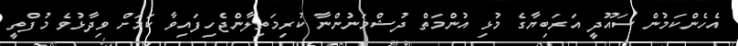
އެހެންކަމުން ސައޫދީ އަރަބިޔާގެ މުޅި އުންމަތް ދުޝްމަނުންނާ ކުރިމަތިލާންޖެހިފައިވާ ކަމަށް ވިދާޅުވެ މުފްތީ